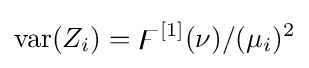
\operatorname {var} (Z_{i})=\digamma ^{[1]}(\nu )/(\mu _{i})^{2}